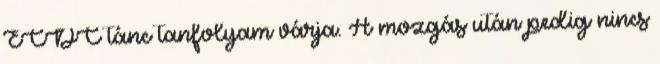
ECDC tánc tanfolyam várja. A mozgás után pedig nincs